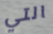
التي